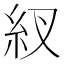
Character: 紁